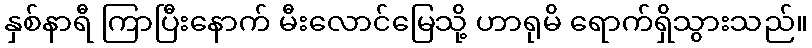
နှစ်နာရီ ကြာပြီးနောက် မီးလောင်မြေသို့ ဟာရုမိ ရောက်ရှိသွားသည်။